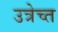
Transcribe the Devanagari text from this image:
उत्रेच्त